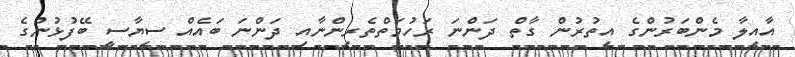
އާއިލާ މެންބަރުންގެ އިތުރުން ގާތް ދަންނަ ރަހުމަތްތެރިންނާއި ދަންނަ ބައެއް ސިޔާސީ ބޭފުޅުންގެ